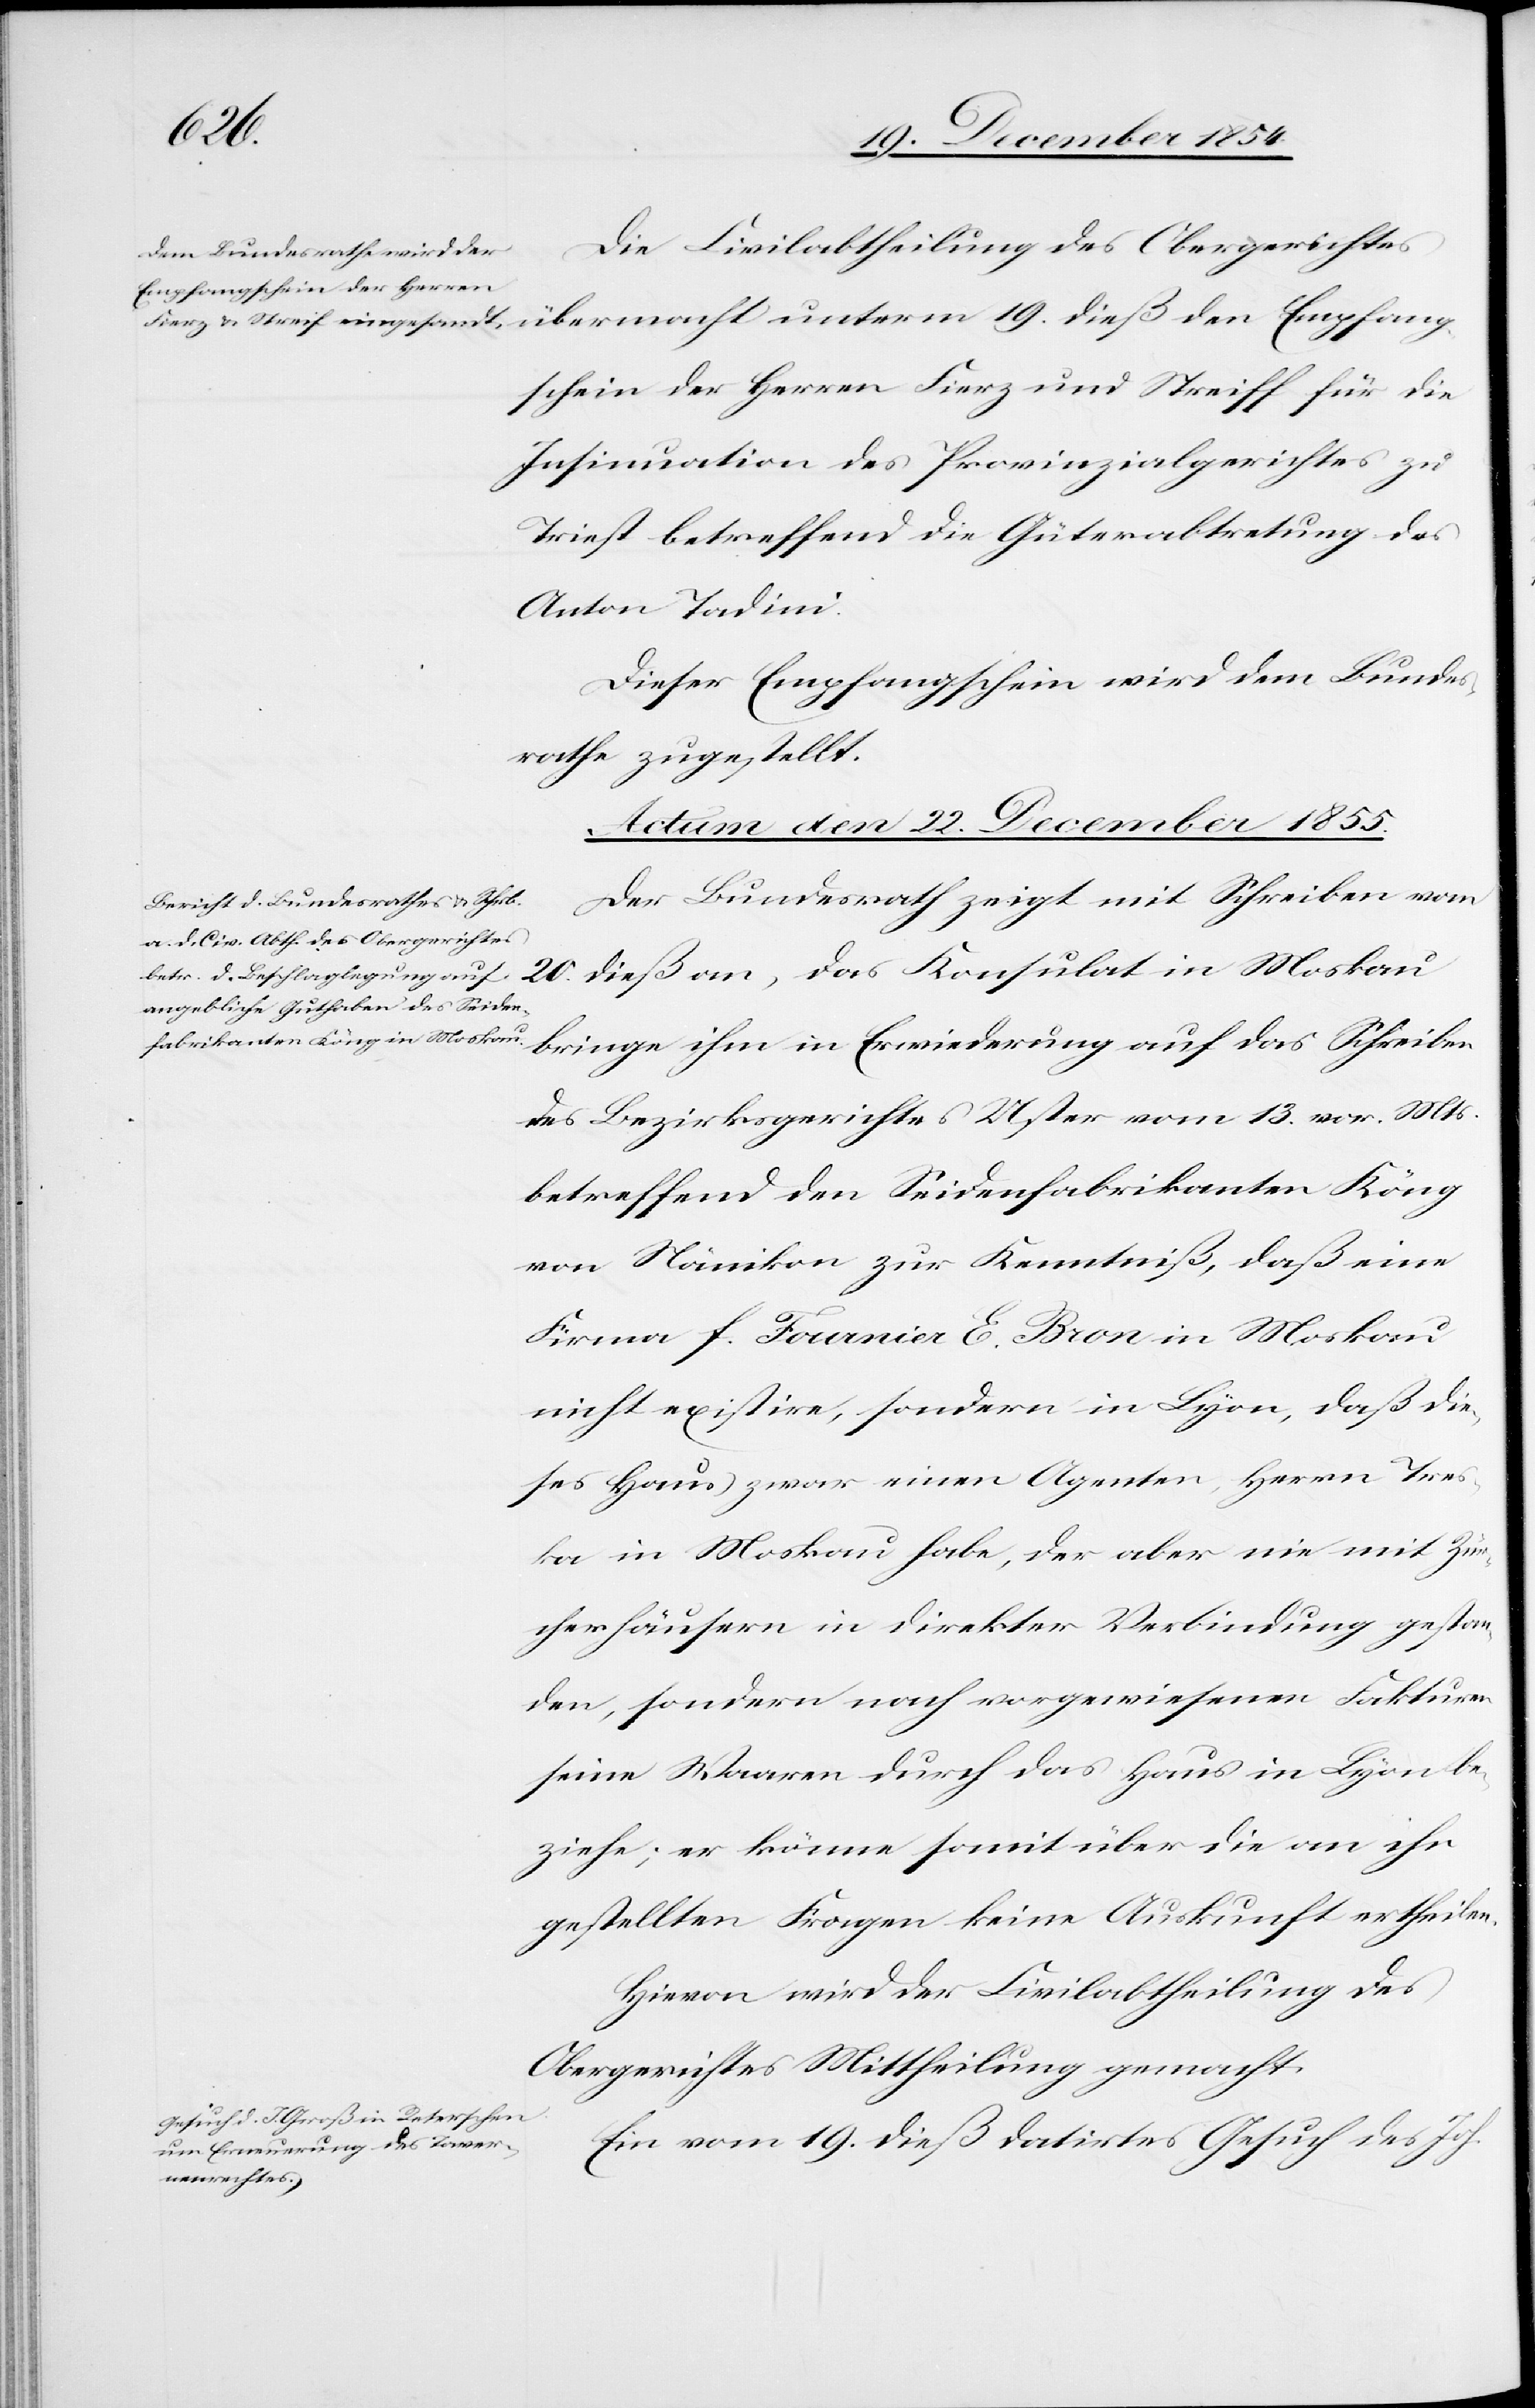
Empfang¬
Die Civilabtheilung des Obergerichtes
schein der Herren Fierz und Streiff für die
Insinuation des Provinzialgerichtes zu
Triest betreffend die Güterabtretung des
Anton Tadini.
Dieser Empfangschein wird dem Bundes¬
rathe zugstellt.
Actum den 22. December 1854.]
Der Bundesrath zeigt mit Schreiben vom
20. dieß an, das Konsulat in Moskau
bringe ihm in Erwiederung auf das Schreiben
des Bezirksgerichtes Uster vom 13. vor. Mts.
betreffend den Seidenfabrikaten Köng
von Nänikon zur Kenntniß, daß eine
Firma f. Fournier E. Bron in Moskau
nicht existire, sondern in Lyon, daß die¬
ses Haus zwar einen Agenten, Herrn Tres¬
ka in Moskau habe, der aber nie mit Zür¬
cherhäusern in direkter Verbindung gestan¬
den, sondern nach vorgewiesenen Fakturen
seine Waaren durch das Haus in Lyon be¬
ziehe; er könne somit über die an ihn
gestellten Fragen keine Auskunft ertheilen.
Hievon wird der Civilabtheilung des
Obergerichtes Mittheilung gemacht.
Ein vom 19. dieß datirtes Gesuch des Joh.